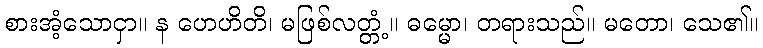
စားအံ့သောငှာ။ န ဟေဟိတိ၊ မဖြစ်လတ္တံ့။ ဓမ္မော၊ တရားသည်။ မတော၊ သေ၏။